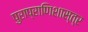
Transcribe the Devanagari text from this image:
पुराप्राणिशास्त्र